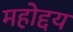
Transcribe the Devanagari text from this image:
महोद्दय